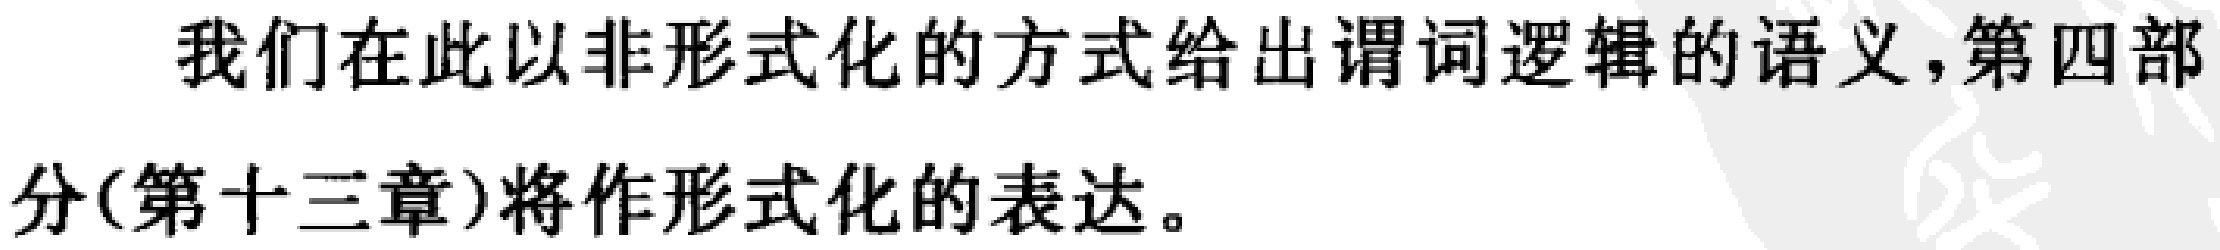
我们在此以非形式化的方式给出谓词逻辑的语义,第四部分(第十三章)将作形式化的表达。